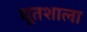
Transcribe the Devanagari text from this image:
द्यूतशाला